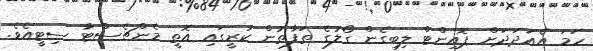
ހަމަ އެއަދަދަށް ޕޮއިންޓް ލިބިގެން ގޯލުގެ ތަފާތުން ކުރީގައި އޮތީ މެންޗެސްޓާ ސިޓީއެވެ.